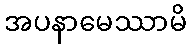
အပနာမေဿာမိ